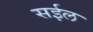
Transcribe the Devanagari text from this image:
सईल